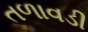
તળાવડી